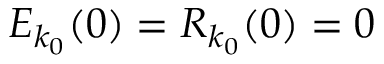
E _ { k _ { 0 } } ( 0 ) = R _ { k _ { 0 } } ( 0 ) = 0